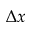
\Delta x